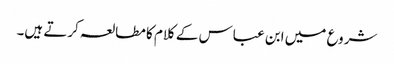
شروع میں ابن عباس کے کلام کا مطالعہ کرتے ہیں۔